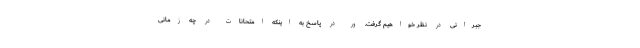
جبرانی در نظر خواهیم گرفت. ور در پاسخ به اینکه امتحانات در چه زمانی